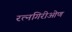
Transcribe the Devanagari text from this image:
रत्नगिरीओण